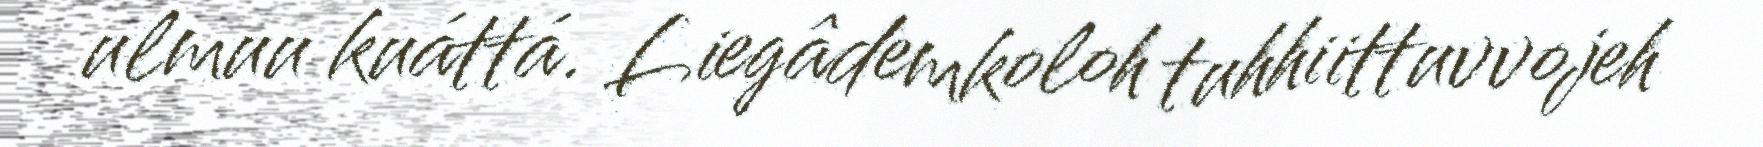
ulmuu kuáttá. Liegâdemkoloh tuhhiittuvvojeh